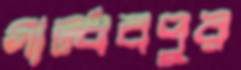
গান্ধবপুর